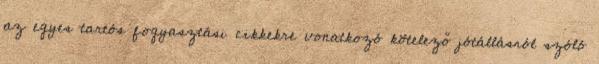
az egyes tartós fogyasztási cikkekre vonatkozó kötelező jótállásról szóló